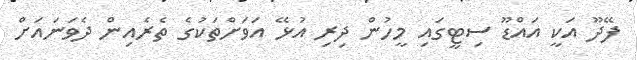
ފޭދޫ އަކީ އައްޑޫ ސިޓީގައި މީހުން ދިރި އުޅޭ އަވަށްތަކުގެ ތެރެއިން ދެވަނައަށް